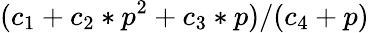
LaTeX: (c_{1}+c_{2}*p^{2}+c_{3}*p)/(c_{4}+p)